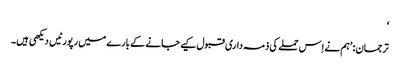
‘
ترجمان: ’ہم نے اِس حملے کی ذمہ داری قبول کیے جانے کے بارے میں رپورٹیں دیکھی ہیں۔